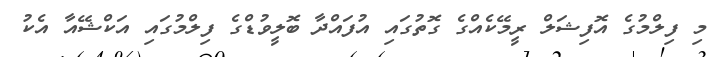
މި ފިލްމުގެ އޮފިޝަލް ރީމޭކެއްގެ ގޮތުގައި އުފައްދާ ބޮލީވުޑްގެ ފިލްމުގައި އަކްޝޭއާ އެކު